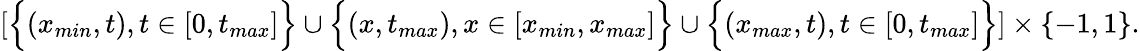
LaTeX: \left[\Big\{ (x_{min},t),t\in[0,t_{max}]\Big\} \cup\Big\{ (x,t_{max}),x\in[x_{min},x_{max}]\Big\} \cup\Big\{ (x_{max},t),t\in[0,t_{max}]\Big\} \right]\times\{ -1,1\} .